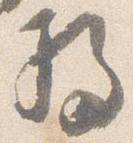
将